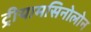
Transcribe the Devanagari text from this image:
ट्रीयामसिनोलोन